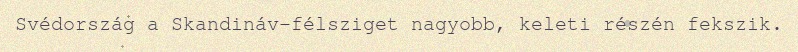
Svédország a Skandináv-félsziget nagyobb, keleti részén fekszik.